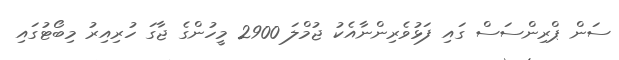
ސަން ޕްރިންސަސް ގައި ފަޅުވެރިންނާއެކު ޖުމްލަ 2900 މީހުންގެ ޖާގަ ހުރިއިރު މިބޯޓުގައި